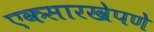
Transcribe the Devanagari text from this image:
एकसारखेपणे